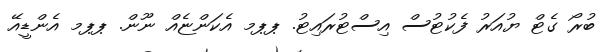
ބުރޯ ގެޓް ޔުއަރު ފެކުޓުސް އިސްޓުރައިޓު. ޕޕމ އެކަންޏެއް ނޫން. ޕޕމ އެންޑީއޭ